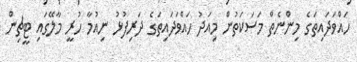
ހައްވަދައިތަގެ މިންނެތް މަސަކަަތުން މިއަދު ހައްވަދައިތަގެ ދަރިފުޅު ނިއުމާ ހުރީ މާލޭގައި ޓީޗިން